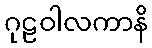
ဂုဠဝါလကာနိ